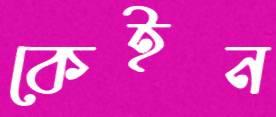
কেইন